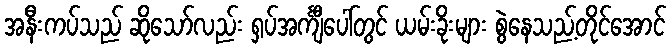
အနီးကပ်သည် ဆိုသော်လည်း ရှပ်အင်္ကျီပေါ်တွင် ယမ်းခိုးများ စွဲနေသည့်တိုင်အောင်